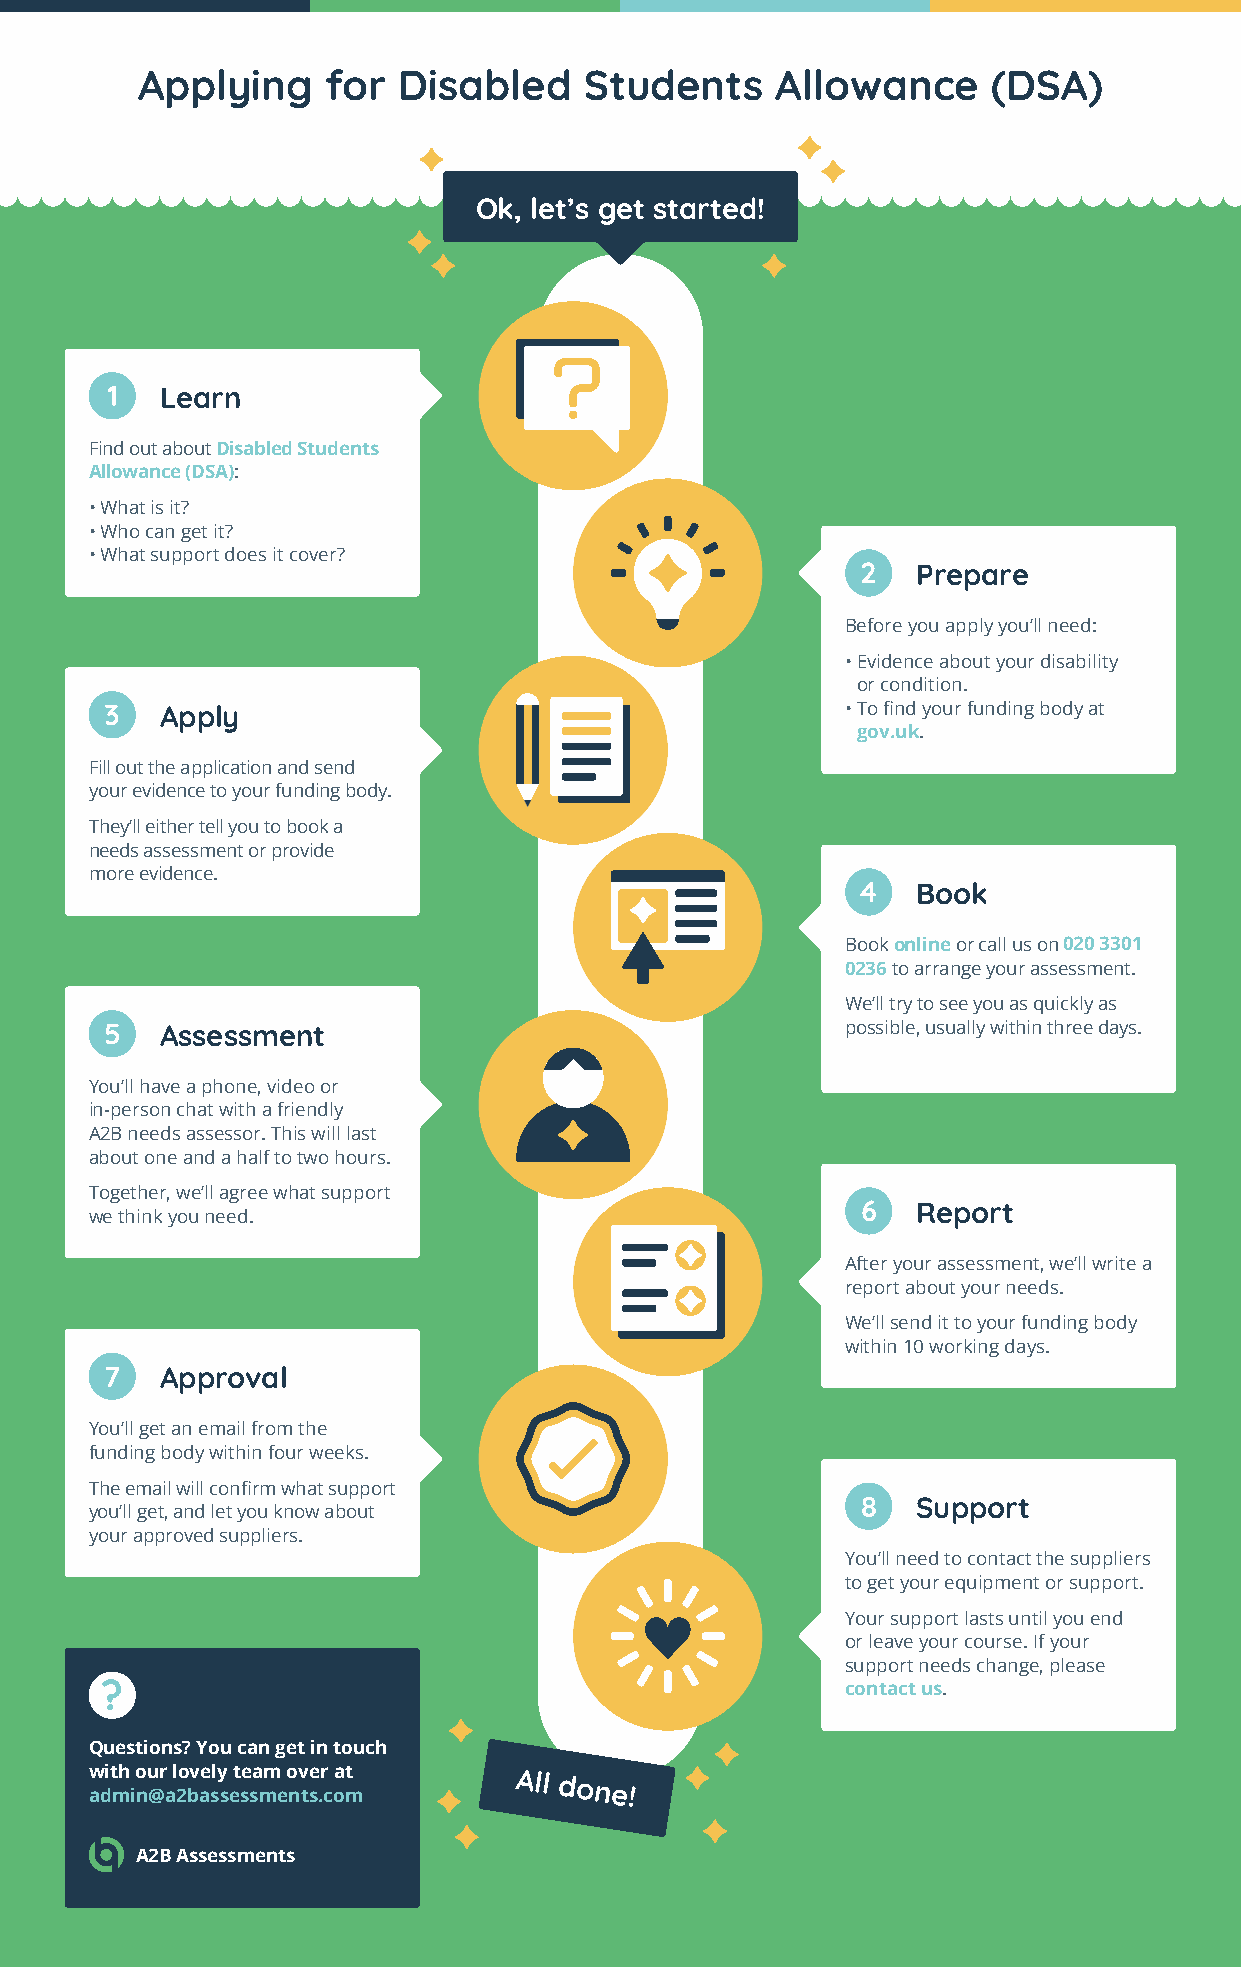
Applying     for Disabled     Students    Allowance      (DSA)
 Ok, let’s get started!
 1   Learn
 Find out about Disabled Students
 Allowance (DSA):
 • What is it?
 • Who can get it?
 • What support does it cover?
 2   Prepare
 Before you apply you’ll need:
 • Evidence about your disability
 or condition.
 3   Apply                                        • To find your funding body at
 gov.uk.
 Fill out the application and send
 your evidence to your funding body.
 They’ll either tell you to book a
 needs assessment or provide
 more evidence.
 4   Book
 Book online or call us on 020 3301
 0236 to arrange your assessment.
 We’ll try to see you as quickly as
 5   Assessment                                   possible, usually within three days.
 You’ll have a phone, video or
 in-person chat with a friendly
 A2B needs assessor. This will last
 about one and a half to two hours.
 Together, we’ll agree what support
 6   Report
 we think you need.
 After your assessment, we’ll write a
 report about your needs.
 We’ll send it to your funding body
 within 10 working days.
 7   Approval
 You’ll get an email from the
 funding body within four weeks.
 The email will confirm what support
 8   Support
 you’ll get, and let you know about
 your approved suppliers.
 You’ll need to contact the suppliers
 to get your equipment or support.
 Your support lasts until you end
 or leave your course. If your
 support needs change, please
 ?                                                contact us.
 Questions? You can get in touch
 w adit mh
 i
 o nu @r
 a
 l 2o bv ae sly
 s
 et se sa mm
 e
 o nv tse .r
 c
 oa mt       All
 done!
 A2B Assessments